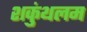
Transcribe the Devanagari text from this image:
शकुंथलम